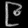
Digit: ၉